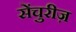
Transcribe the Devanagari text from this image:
सेंचुरीज़